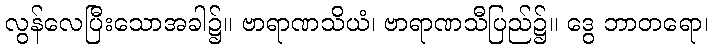
လွန်လေပြီးသောအခါ၌။ ဗာရာဏသိယံ၊ ဗာရာဏသီပြည်၌။ ဒွေ ဘာတရော၊